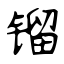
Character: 镏